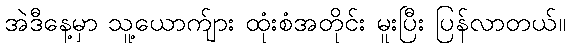
အဲဒီနေ့မှာ သူ့ယောက်ျား ထုံးစံအတိုင်း မူးပြီး ပြန်လာတယ်။